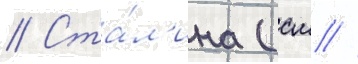
// Ста́л'ина (см //